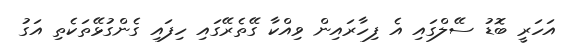
އަހަރީ ބޮޑު ސޭލްގައި އެ ފިހާރައިން ވިއްކާ ގޭތެރޭގައި ހިފައި ގެންގުޅޭތަކެތި އަގު